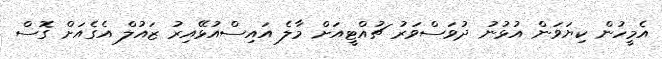
އެމީހުން ކިޔަވަން އުޅުނު ދުވަސްވަރު ޗުއްޓީއަށް މާލެ އައިސްއުޅޭއިރު ޒައުލް އެގެއަށް ގޮސް